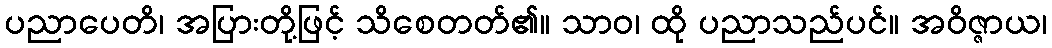
ပညာပေတိ၊ အပြားတို့ဖြင့် သိစေတတ်၏။ သာဝ၊ ထို ပညာသည်ပင်။ အဝိဇ္ဇာယ၊